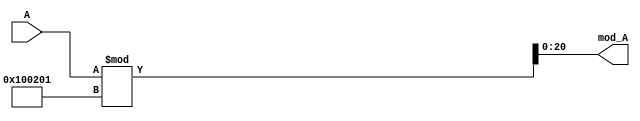
`timescale 1ns / 1ps

/** @module : Mod
 *  @author : Secure Trusted and Assured Microelectronics (STAM) Center

 *  Copyright (c) 2023 PQC.Secure (STAM/SCAI/ASU)
 *  Permission is hereby granted, free of charge, to any person obtaining a copy
 *  of this software and associated documentation files (the "Software"), to deal
 *  in the Software without restriction, including without limitation the rights
 *  to use, copy, modify, merge, publish, distribute, sublicense, and/or sell
 *  copies of the Software, and to permit persons to whom the Software is
 *  furnished to do so, subject to the following conditions:
 *  The above copyright notice and this permission notice shall be included in
 *  all copies or substantial portions of the Software.
 *
 *  THE SOFTWARE IS PROVIDED "AS IS", WITHOUT WARRANTY OF ANY KIND, EXPRESS OR
 *  IMPLIED, INCLUDING BUT NOT LIMITED TO THE WARRANTIES OF MERCHANTABILITY,
 *  FITNESS FOR A PARTICULAR PURPOSE AND NONINFRINGEMENT. IN NO EVENT SHALL THE
 *  AUTHORS OR COPYRIGHT HOLDERS BE LIABLE FOR ANY CLAIM, DAMAGES OR OTHER
 *  LIABILITY, WHETHER IN AN ACTION OF CONTRACT, TORT OR OTHERWISE, ARISING FROM,
 *  OUT OF OR IN CONNECTION WITH THE SOFTWARE OR THE USE OR OTHER DEALINGS IN
 *  THE SOFTWARE.
 *
 *
 */

/*********************************************************************************
*                                         Mod                                    *
*********************************************************************************/


module Mod(A, mod_A);


// ----------------------------- Module parameters ------------------------------- //
// The input size
parameter in_size = 21;


// ------------------------------- PKC parameters ------------------------------- //

// Ring element size
parameter p = 1049089; 

// t: floor of half of q
parameter t = 524544;
// t_half: floor of half of t
parameter t_half = 262272;

// Polynomial length: # of coefficients in the polynomial
parameter N = 256;

// Symbol (each element in a polynomial) bit width
parameter b = 21; // ceiling of log_2 (p)

// Total Polynomial length = N*b
parameter Nb = 5376;





// ------------------------------------ Inputs ---------------------------------- //
// The number to be moded
// for mod after addtion, the input size is: [b:0]
// for mod after multiplication, the input size is: [2b-1:0]  (the actual size is [2b-2:0] calculated by p = 1049089)
input [in_size:0] A;



//----------------------------------- Outputs ------------------------------------ //
// mod_A = A % p
output [b-1:0] mod_A;



//------------------------------------- Regs ------------------------------------- //

// ----------------------------------- Wires ------------------------------------- //


// ================================= Logic Starts ================================= //
assign mod_A = A % p;

 


endmodule